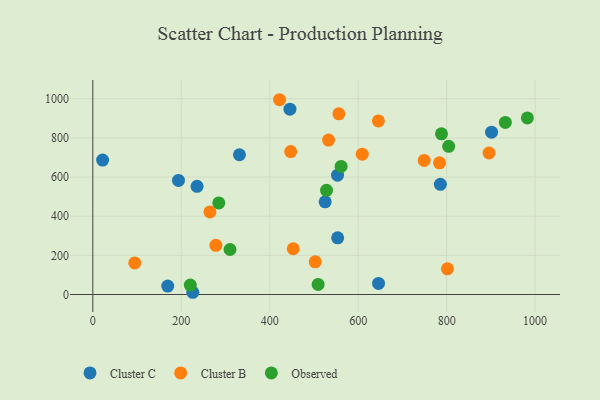
{"axis": {"x": "Ad Spend", "y": "Rating"}, "legend": ["Cluster B", "Cluster C", "Observed"], "data": [{"x": "169.4", "y": 43.0, "type": "Cluster C"}, {"x": "226.0", "y": 11.4, "type": "Cluster C"}, {"x": "445.7", "y": 946.8, "type": "Cluster C"}, {"x": "525.3", "y": 473.6, "type": "Cluster C"}, {"x": "193.7", "y": 582.8, "type": "Cluster C"}, {"x": "553.3", "y": 609.5, "type": "Cluster C"}, {"x": "331.5", "y": 713.8, "type": "Cluster C"}, {"x": "22.2", "y": 686.6, "type": "Cluster C"}, {"x": "901.5", "y": 829.3, "type": "Cluster C"}, {"x": "553.6", "y": 289.6, "type": "Cluster C"}, {"x": "235.7", "y": 552.8, "type": "Cluster C"}, {"x": "785.8", "y": 562.6, "type": "Cluster C"}, {"x": "646.0", "y": 56.7, "type": "Cluster C"}, {"x": "609.2", "y": 716.9, "type": "Cluster B"}, {"x": "453.2", "y": 233.6, "type": "Cluster B"}, {"x": "533.1", "y": 788.7, "type": "Cluster B"}, {"x": "801.8", "y": 131.0, "type": "Cluster B"}, {"x": "264.8", "y": 421.8, "type": "Cluster B"}, {"x": "502.9", "y": 167.0, "type": "Cluster B"}, {"x": "895.9", "y": 722.8, "type": "Cluster B"}, {"x": "422.2", "y": 994.9, "type": "Cluster B"}, {"x": "556.3", "y": 922.9, "type": "Cluster B"}, {"x": "447.4", "y": 730.3, "type": "Cluster B"}, {"x": "749.2", "y": 684.7, "type": "Cluster B"}, {"x": "783.9", "y": 672.4, "type": "Cluster B"}, {"x": "278.3", "y": 251.0, "type": "Cluster B"}, {"x": "94.9", "y": 161.2, "type": "Cluster B"}, {"x": "645.7", "y": 886.5, "type": "Cluster B"}, {"x": "284.8", "y": 468.0, "type": "Observed"}, {"x": "788.3", "y": 820.9, "type": "Observed"}, {"x": "561.4", "y": 654.1, "type": "Observed"}, {"x": "220.4", "y": 48.3, "type": "Observed"}, {"x": "509.4", "y": 51.4, "type": "Observed"}, {"x": "932.7", "y": 879.0, "type": "Observed"}, {"x": "982.5", "y": 901.8, "type": "Observed"}, {"x": "804.6", "y": 756.7, "type": "Observed"}, {"x": "528.4", "y": 532.3, "type": "Observed"}, {"x": "310.2", "y": 229.9, "type": "Observed"}]}